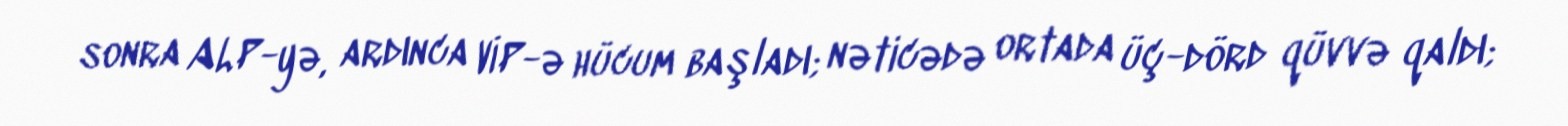
sonra ALP-yə, ardınca VİP-ə hücum başladı; nəticədə ortada üç-dörd qüvvə qaldı;